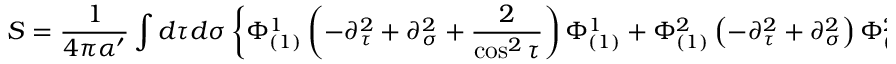
{ \cal S } = \frac { 1 } { 4 \pi \alpha ^ { \prime } } \int d \tau d \sigma \left\{ \Phi _ { ( 1 ) } ^ { 1 } \left( - \partial _ { \tau } ^ { 2 } + \partial _ { \sigma } ^ { 2 } + \frac { 2 } { \cos ^ { 2 } \tau } \right) \Phi _ { ( 1 ) } ^ { 1 } + \Phi _ { ( 1 ) } ^ { 2 } \left( - \partial _ { \tau } ^ { 2 } + \partial _ { \sigma } ^ { 2 } \right) \Phi _ { ( 1 ) } ^ { 2 } \right\}